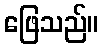
ဖြေသည်။